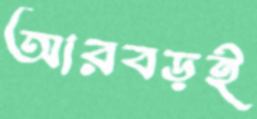
আরবড়ই